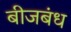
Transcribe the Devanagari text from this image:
बीजबंध